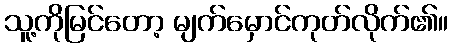
သူ့ကိုမြင်တော့ မျက်မှောင်ကုတ်လိုက်၏။